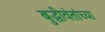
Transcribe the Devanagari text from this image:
बुद्धीवंतांच्या